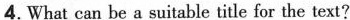
4.What can be a suitable title for the text?